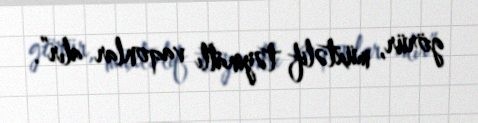
görür, müxtəlif təyinatlı vaqonlar alır”.